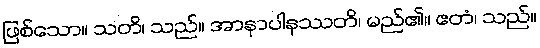
ဖြစ်သော။ သတိ၊ သည်။ အာနာပါနဿတိ၊ မည်၏။ ဧတံ၊ သည်။